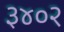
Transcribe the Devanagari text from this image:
३४०२